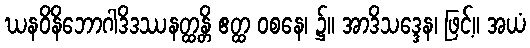
ဃနဝိနိဘောဂါဒိဒဿနတ္ထန္တိ ဧတ္ထ ဝစနေ၊ ၌။ အာဒိသဒ္ဒေန၊ ဖြင့်။ အယံ